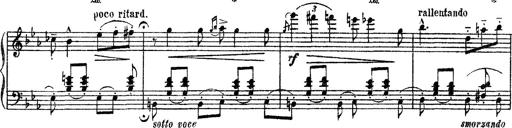
Title: Apparitions
Composer: Franz Liszt